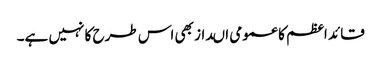
قائد اعظم کا عمومی اںداز بھی اس طرح کا نہیں ہے۔